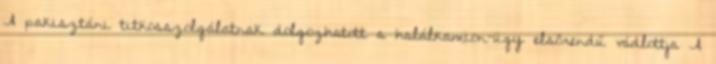
A pakisztáni titkosszolgálatnak dolgozhatott a halálkamion-ügy elsőrendű vádlottja A